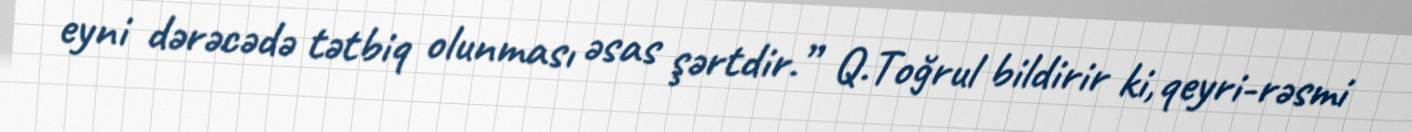
eyni dərəcədə tətbiq olunması əsas şərtdir.” Q.Toğrul bildirir ki, qeyri-rəsmi